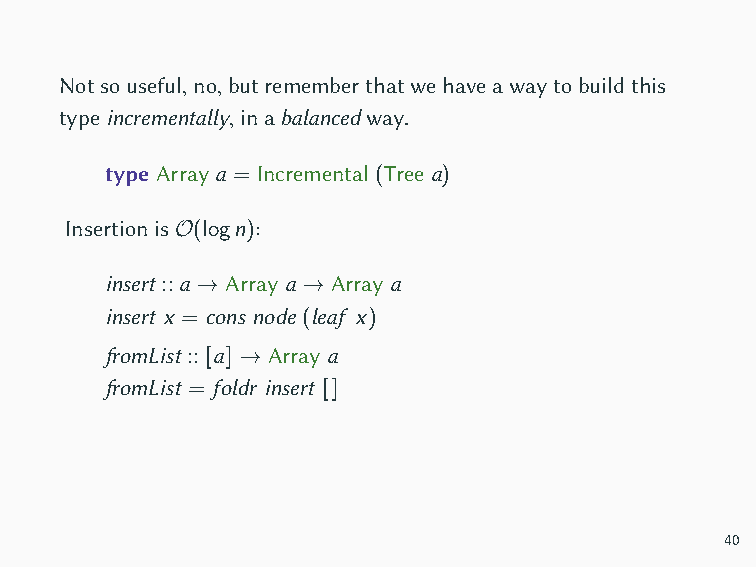
Notsouseful,no,butrememberthatwehaveawaytobuildthis
 typeincrementally,inabalancedway.
 type Array a = Incremental (Tree a)
 InsertionisO(logn):
 insert ::a → Array a → Array a
 insert x = cons node (leaf x)
 fromList ::[a] → Array a
 fromList = foldr insert []
 40